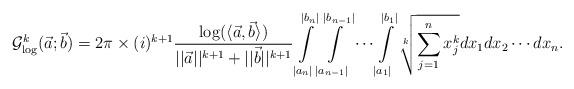
LaTeX: \begin{align*}\mathcal{G}^k_{\log}(\vec{a};\vec{b})&=2\pi \times (i)^{k+1}\frac{\log(\langle \vec{a},\vec{b}\rangle)}{||\vec{a}||^{k+1}+||\vec{b}||^{k+1}}\int \limits_{|a_n|}^{|b_n|} \int \limits_{|a_{n-1}|}^{|b_{n-1}|}\cdots \int \limits_{|a_1|}^{|b_1|}\sqrt[k]{\sum \limits_{j=1}^{n}x^k_j}dx_1dx_2\cdots dx_n.\end{align*}